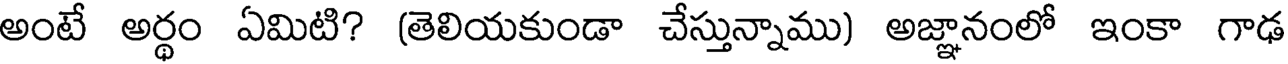
అంటే అర్థం ఏమిటి? (తెలియకుండా చేస్తున్నాము) అజ్ఞానంలో ఇంకా గాఢ